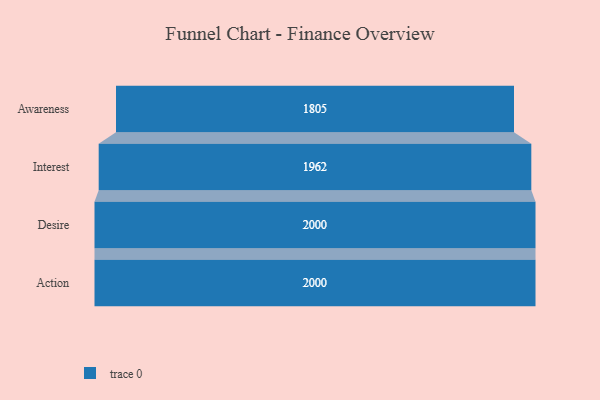
{"axis": {"x": "Stage", "y": "Value"}, "legend": [""], "data": [{"x": "Awareness", "y": 1805.0, "type": ""}, {"x": "Interest", "y": 1962.0, "type": ""}, {"x": "Desire", "y": 2000, "type": ""}, {"x": "Action", "y": 2000, "type": ""}]}